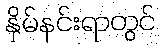
နှိမ်နင်းရာတွင်